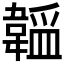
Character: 𬰮